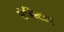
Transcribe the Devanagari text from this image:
सेमिस्टरर्स